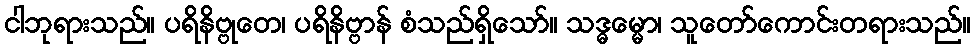
ငါဘုရားသည်။ ပရိနိဗ္ဗုတေ၊ ပရိနိဗ္ဗာန် စံသည်ရှိသော်။ သဒ္ဓမ္မော၊ သူတော်ကောင်းတရားသည်။